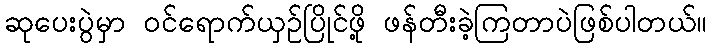
ဆုပေးပွဲမှာ ဝင်ရောက်ယှဉ်ပြိုင်ဖို့ ဖန်တီးခဲ့ကြတာပဲဖြစ်ပါတယ်။